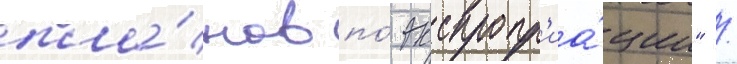
пла́нов по́ экспропр'иа́ции" /